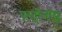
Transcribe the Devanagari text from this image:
एस्ट्रौनॉट्स